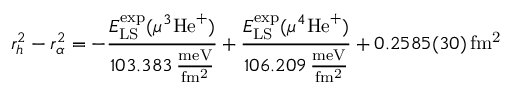
\ensuremath { r _ { h } } ^ { 2 } - \ensuremath { r _ { \alpha } } ^ { 2 } = - \frac { E _ { \mathrm { L S } } ^ { \mathrm { e x p } } ( \mu ^ { 3 } \mathrm { H e } ^ { + } ) } { 1 0 3 . 3 8 3 \mathrm { \, \frac { m e V } { f m ^ { 2 } } } } + \frac { E _ { \mathrm { L S } } ^ { \mathrm { e x p } } ( \mu ^ { 4 } \mathrm { H e } ^ { + } ) } { 1 0 6 . 2 0 9 \mathrm { \, \frac { m e V } { f m ^ { 2 } } } } + 0 . 2 5 8 5 ( 3 0 ) \, \mathrm { f m ^ { 2 } }